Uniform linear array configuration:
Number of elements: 32
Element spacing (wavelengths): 0.25
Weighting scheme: hamming
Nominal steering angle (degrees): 30
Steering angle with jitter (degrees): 31.585
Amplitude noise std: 0.05
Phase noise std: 0.05

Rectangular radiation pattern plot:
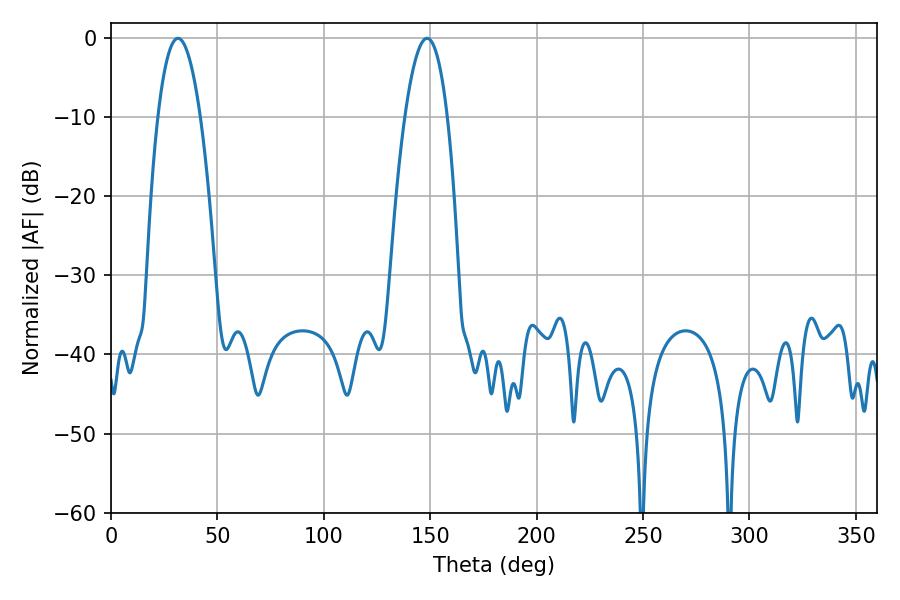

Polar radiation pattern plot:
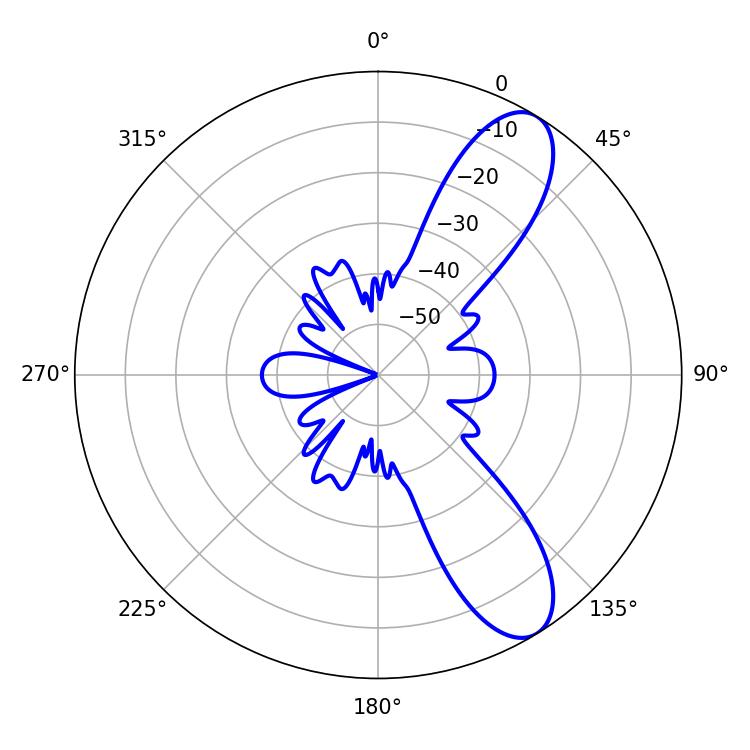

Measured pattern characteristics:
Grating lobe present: FALSE
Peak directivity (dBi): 9.652
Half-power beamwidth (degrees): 10.98
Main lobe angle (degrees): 31.5